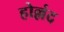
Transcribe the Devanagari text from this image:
होल्लंद